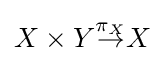
X\times Y{\overset {\pi _{X}}{\to }}X